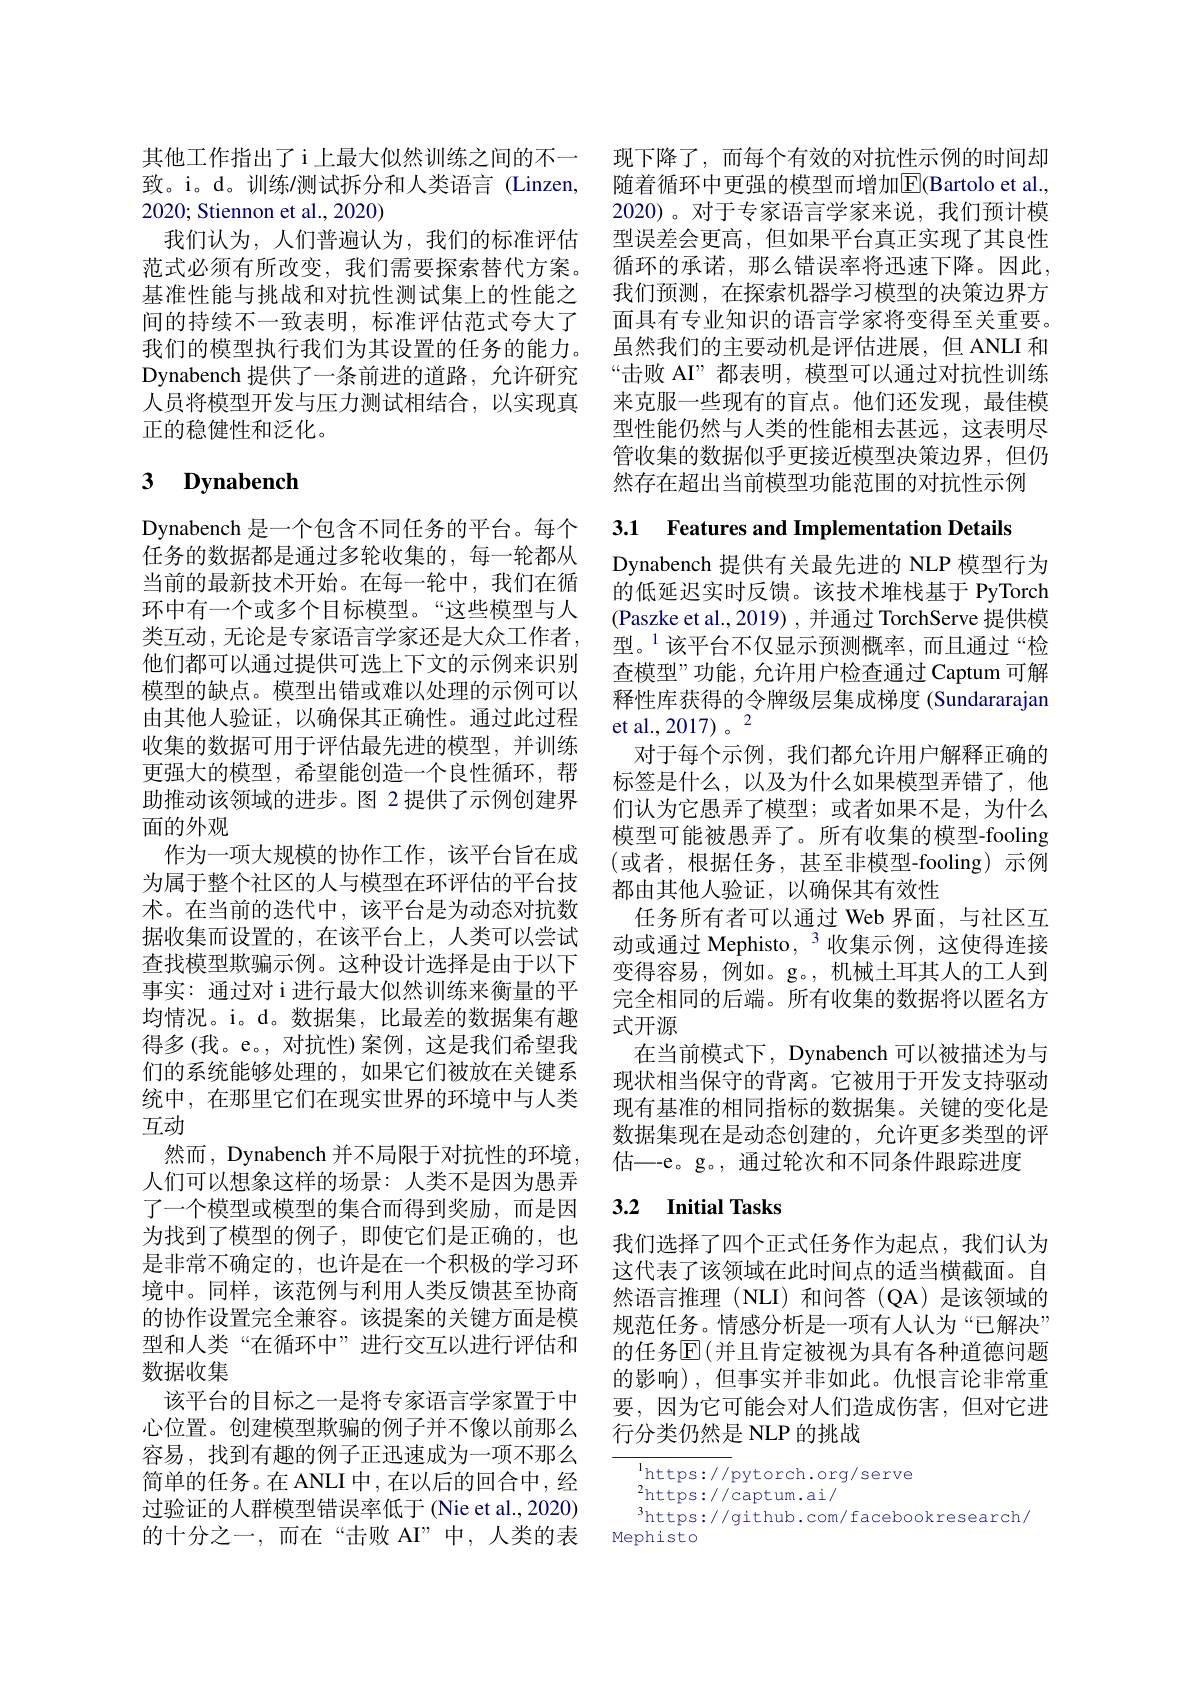
其他工作指出了i上最大似然训练之间的不一致。i。d。训练/测试拆分和人类语言(Linzen, 2020; Stiennon et al., 2020)
我们认为，人们普遍认为，我们的标准评估范式必须有所改变，我们需要探索替代方案。基准性能与挑战和对抗性测试集上的性能之间的持续不一致表明，标准评估范式夸大了我们的模型执行我们为其设置的任务的能力。Dynabench 提供了一条前进的道路，允许研究人员将模型开发与压力测试相结合，以实现真正的稳健性和泛化。

# 3 Dynabench

Dynabench 是一个包含不同任务的平台。每个任务的数据都是通过多轮收集的，每一轮都从当前的最新技术开始。在每一轮中，我们在循环中有一个或多个目标模型。“这些模型与人类互动，无论是专家语言学家还是大众工作者， 他们都可以通过提供可选上下文的示例来识别模型的缺点。模型出错或难以处理的示例可以由其他人验证，以确保其正确性。通过此过程收集的数据可用于评估最先进的模型，并训练更强大的模型，希望能创造一个良性循环，帮助推动该领域的进步。图 2 提供了示例创建界面的外观
作为一项大规模的协作工作，该平台旨在成为属于整个社区的人与模型在环评估的平台技术。在当前的迭代中，该平台是为动态对抗数据收集而设置的，在该平台上，人类可以尝试查找模型欺骗示例。这种设计选择是由于以下事实：通过对 i 进行最大似然训练来衡量的平均情况。i。d。数据集，比最差的数据集有趣得多(我。e。,对抗性)案例，这是我们希望我们的系统能够处理的，如果它们被放在关键系统中，在那里它们在现实世界的环境中与人类互动
然而，Dynabench 并不局限于对抗性的环境， 人们可以想象这样的场景：人类不是因为愚弄了一个模型或模型的集合而得到奖励，而是因为找到了模型的例子，即使它们是正确的，也是非常不确定的，也许是在一个积极的学习环境中。同样，该范例与利用人类反馈甚至协商的协作设置完全兼容。该提案的关键方面是模型和人类“在循环中”进行交互以进行评估和数据收集
该平台的目标之一是将专家语言学家置于中心位置。创建模型欺骗的例子并不像以前那么容易，找到有趣的例子正迅速成为一项不那么简单的任务。在 ANLI 中，在以后的回合中，经过验证的人群模型错误率低于 (Nie et al., 2020) 的十分之一，而在“击败 AI”中，人类的表

现下降了，而每个有效的对抗性示例的时间却随着循环中更强的模型而增加$\overline{\mathbb{E}}($Bartolo et al., 2020)。对于专家语言学家来说，我们预计模型误差会更高，但如果平台真正实现了其良性循环的承诺，那么错误率将迅速下降。因此， 我们预测，在探索机器学习模型的决策边界方面具有专业知识的语言学家将变得至关重要。虽然我们的主要动机是评估进展，但 ANLI 和“击败 AI”都表明，模型可以通过对抗性训练来克服一些现有的盲点。他们还发现，最佳模型性能仍然与人类的性能相去甚远，这表明尽管收集的数据似乎更接近模型决策边界，但仍然存在超出当前模型功能范围的对抗性示例

3.1 Features and Implementation Details

Dynabench 提供有关最先进的 NLP 模型行为的低延迟实时反馈。该技术堆栈基于 PyTorch $\left(\text{Paszke et al.,2019) ,并通过 TorchServe 提供模}\right)$ 型。$^{1}$该平台不仅显示预测概率，而且通过“检查模型”功能，允许用户检查通过 Captum 可解释性库获得的令牌级层集成梯度 (Sundararajan et al.,2017)。2
对于每个示例，我们都允许用户解释正确的标签是什么，以及为什么如果模型弄错了，他们认为它愚弄了模型；或者如果不是，为什么模型可能被愚弄了。所有收集的模型-fooling (或者，根据任务，甚至非模型-fooling)示例都由其他人验证，以确保其有效性
任务所有者可以通过 Web 界面，与社区互动或通过 Mephisto, $^3$收集示例，这使得连接变得容易，例如。g。,机械土耳其人的工人到完全相同的后端。所有收集的数据将以匿名方式开源
在当前模式下，Dynabench 可以被描述为与现状相当保守的背离。它被用于开发支持驱动现有基准的相同指标的数据集。关键的变化是数据集现在是动态创建的，允许更多类型的评估—-e。g。,通过轮次和不同条件跟踪进度

## 3.2 Initial Tasks

我们选择了四个正式任务作为起点，我们认为这代表了该领域在此时间点的适当横截面。自然语言推理(NLI)和问答(QA)是该领域的规范任务。情感分析是一项有人认为“已解决” 的任务$\operatorname{E}($并且肯定被视为具有各种道德问题的影响),但事实并非如此。仇恨言论非常重要，因为它可能会对人们造成伤害，但对它进行分类仍然是 NLP 的挑战

$^{\mathrm{l}}$https://pytorch.org/serve
$^2$https://captum.ai/
$^3$https://github.com/facebookresearch/
Mephisto